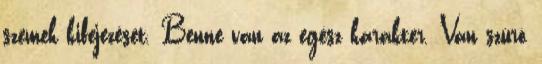
szemek kifejezését. Benne van az egész karakter. Van szúró,